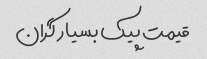
قیمت پیک بسیار گران